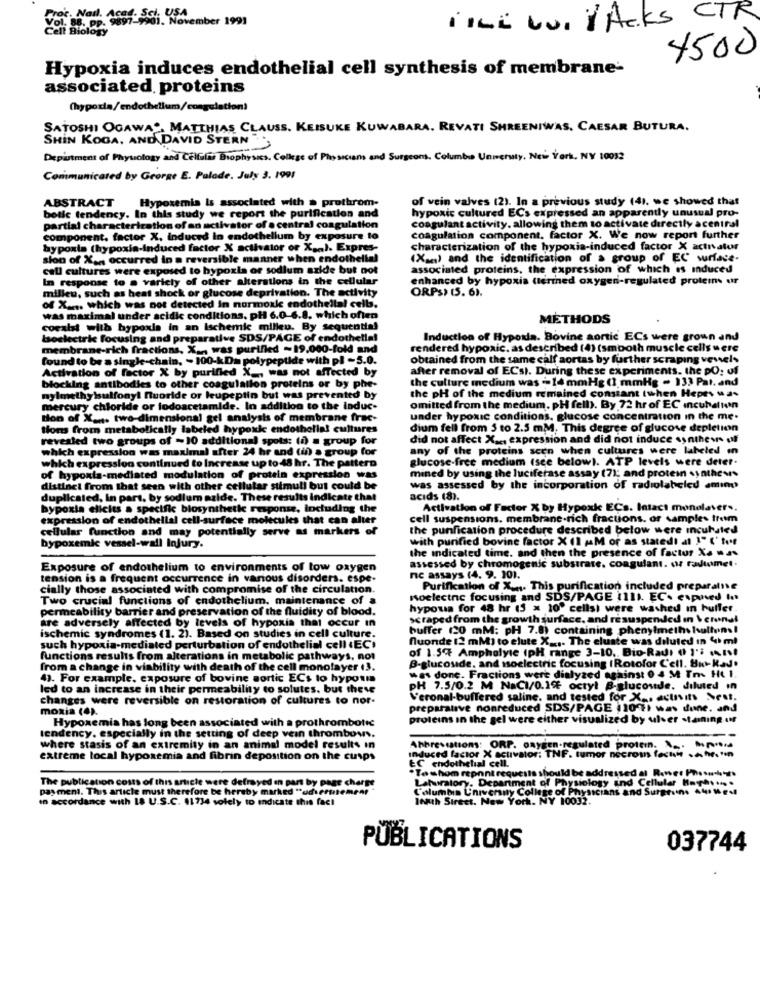
v. Nasl. 1891-5di. November 1991
TILL WI / Acks CTR
4500
Hypoxia induces endothelial cell synthesis of membrane-
associated, proteins
SATOSHI OGAWA ., MATTHIAS CLAUSS. KEISUKE KUWABARA. REVATI SHREENIWAS, CAESAR BUTURA.
SHIN KOGA, AND DAVID STERN
Depiutment of Phyuology and Cellular Biophysics. College of Physicians and Surgeons, Columbia University, New York, NY 10012
Communicated by George E. Palade. July 3. 1991
Hypoxemia Is associated with > prothrom-
of vein valves (2). In a previous study (4). we showed that
ABSTRACT
hypoxic cultured ECs expressed an apparently unusual pro-
botic tendency. In this study we report the purification and
partial characterization of an activator of a central coagulation
coagulant activity, allowing them to activate directly acentral
component, factor X, induced in endothellum by exposure to
coagulation component, factor X. We now report further
hypoxia (hypoxia-induced factor X activator or X ... ). Expres-
characterization of the hypoxia-induced factor X activator
sion of Xan occurred in a reversible manner when endothelial
(Xx) and the identification of a group of EC surface-
call cultures were exposed to hypoxia or sodium azide but not
associated proteins, the expression of which is induced
In response to @ variety of other alterations in the cellular
enhanced by hypoxia tterined oxygen-regulated protein ur
milleu, such as heat shock or glucose deprivation. The activity
ORPS) (5. 6).
of X .... which was not detected In normoxie endothellal celb.
was maximal under acidic conditions. pH 6.0-6.8. which often
METHODS
coraist with hypoxia in an Ischemic milieu. By sequential
bsoelectric focusing and preparative SDS/PAGE of endothella!
Induction of Hypoxia. Bovine aortic ECs were grown and
membrane-rich fractions. X .. was purified ~19,000-fold and
rendered hypoxic. as described (4) (smooth muscle cells were
found to be a single-chain, - 100-kDa polypeptide with pl -5.0.
obtained from the same calf aortas by further scraping vevel>
Activation of factor X by purified
ww not affected by
after removal of ECs). During these experiments. the PO; of
the culture medium was - 14 mmHg (1 mmHg = 133 Pat. and
blocking antibodies to other coagu
nylmethylsulfony! fluoride or leupeptin but was prevented by
the pH of the medium remained constant (when Hepes was
mercury chloride or fodoacetamide. In addition to the induc-
omitted from the medium. pH fell). By 72 hr of EC Incuhaliun
tion of X ..... two-dimensional gel analysis of membrane frac-
under hypoxic conditions. glucose concentration in the me.
tions from metabolically labeled hypoxie endothelial cultures
dium fell from 5 to 2.5 mM, This degree of glucose depletion
revealed two groups of -10 additional spots: (a) = group for
did not affect Xac, expression and did not induce synthevs off
which expression was maximal after 24 hr and (if) a group for
any of the proteins scen when cultures were labeled in
which expression continued to Increase up to 48 hr. The pattern
glucose-free medium (see below). ATP levels were deter.
mined by using the luciferase assay (7); and protein synthesis
of hypoxia-mediated modulation of protein expression was
distinct from that seen with other cellular stimuli but could be
was assessed by the incorporation of radiolabeled amino
duplicated, in part, by sodium malde. These results Indicate that
acids (8).
hypoxia elicits a specific biosynthetic response, including the
Activation of Factor X by Hypoxie ECs. Intact monolaver .,
expression of endothellal cell-surface molecules that can alter
cell suspensions. membrane-rich fractions. or samples from
cellular function and may potentially serve as markers of
the punfication procedure described below were incubated
with purified bovine factor X (1 MM of as stated! at 1" ('tef
bypoxemic vessel-wall Injury.
the indicated time. and then the presence of factur X. was
agulant. or radumet.
Exposure of endothelium to environments of low oxygen
assessed by chromogenic substrate. C
tension is a frequent occurrence in various disorders. espe-
ne assays (4. 9. 10).
cially those associated with compromise of the circulation.
Purification of X .... This purification included preparalie
Two crucial functions of endothelium. maintenance of a
noelectne focusing and SDS/PAGE 1111. EC- expned tot
permeability barrier and preservation of the fluidity of blood.
hypoua for 48 hr (5 x 10" cells) were washed in buffer.
are adversely affected by levels of hypoxia that occur in
scraped from the growth surface, and resuspended in \ crenal
ischemic syndromes (1. 2). Based on studies in cell culture.
buffer (20 mM: pH 7.8) containing phenylmethylsulhuns!
fluonde 12 mM) to elute X .... The cluste was diluted in 44h ml
such hypoxia-mediated perturbation of endothelial cell EC!
of 1.5℃ Amphelyle (pH range 3-10 ,, Bio-Radı ( 1'i Ist
functions results from alterations in metabolic pathways, not
B-glucoside. and soelectric focusing (Rotofor Cell. HutKaJ.
from a change in viability with death of the cell monolayer (3.
43. For example, exposure of bovine aortic ECs to hypotm
was done. Fractions were dialyzed
nst 0 4 M To Ht 1.
led to an increase in their permeability to solutes. but theve
PH 7.5/0.2 M NaCI/0.1% octyl B
changes were reversible on restoration of cultures to nor-
Veronal-buffered saline, and tested for X ... ectıits Neut.
moxia (4).
preparauve nonreduced SDS/PAGE 11001
une. and
Hypoxemia has long been associated with a prothrombotic
proteins in the gel were either visuali
ed by uher ta
tendency. especially in the setting of deep vein thrombows.
where stasis of an extremity in an animal model results in
Abbreviations: ORP. oxygen-regulated
extreme local hypoxemia and fibrin deposition on the cusps
Induced factor X activator: TNF. tumor
EC endothelial cell.
.To whom repnnt requests
s should be
payment. This article must therefore be hereby marked "udvermemenr *
The publication costs of this article were defrayed an part by page charge
Lahuratory. Department of Physiology
Columbia University College of Physician
sand
in accordance with 18 U.S.C. 11734 solely to indicate this fact
10th Street. New York, NY 10032.
PUBLICATIONS
037744